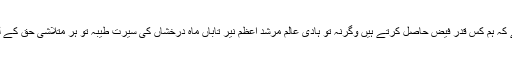
یہ ہمارا ظرف ہے کہ ہم کس قدر فیض حاصل کرتے ہیں وگرنہ تو ہادی عالم مرشد اعظم نیر تاباں ماہ درخشاں کی سیرت طیبہ تو ہر متلاشی حق کے لیے منار نور ہے۔